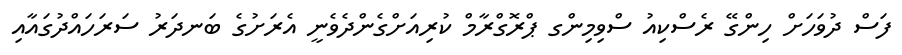
ފަސް ދުވަހަށް ހިންގޭ ރެސްކިއު ސްވިމިންގ ޕްރޮގްރާމް ކުރިއަށްގެންދެވެނީ އެރަށުގެ ބަނދަރު ސަރަހައްދުގައާއި